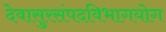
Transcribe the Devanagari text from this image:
देवासुरसंपदविभागयोग